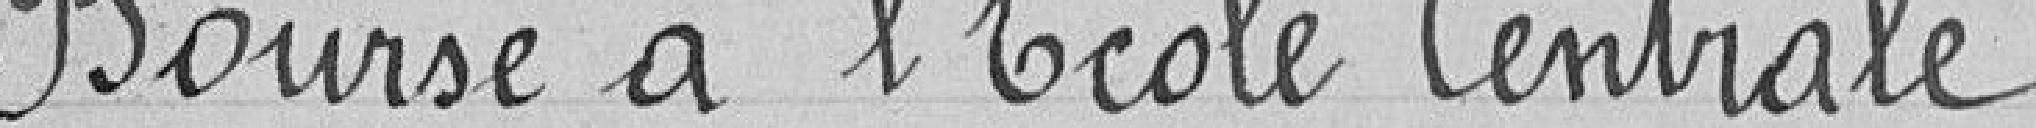
Bourse à l'Ecole Centrale